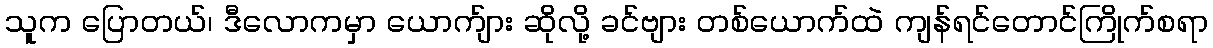
သူက ပြောတယ်၊ ဒီလောကမှာ ယောက်ျား ဆိုလို့ ခင်ဗျား တစ်ယောက်ထဲ ကျန်ရင်တောင်ကြိုက်စရာ